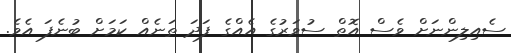
ސެއިލިންނަށް ވެސް އޮތް ސުވަރުގެ އެއްގެ ފަދަ ތަނެއް ކަމަށް ބުނެފަ އެވެ.